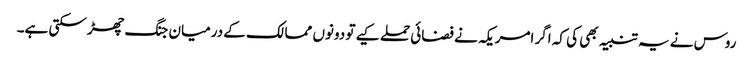
روس نے یہ تنبیہ بھی کی کہ اگر امریکہ نے فضائی حملے کیے تو دونوں ممالک کے درمیان جنگ چھڑ سکتی ہے۔